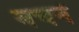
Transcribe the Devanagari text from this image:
बचनें